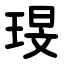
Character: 琝